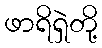
ဖာရိရှဲတို့